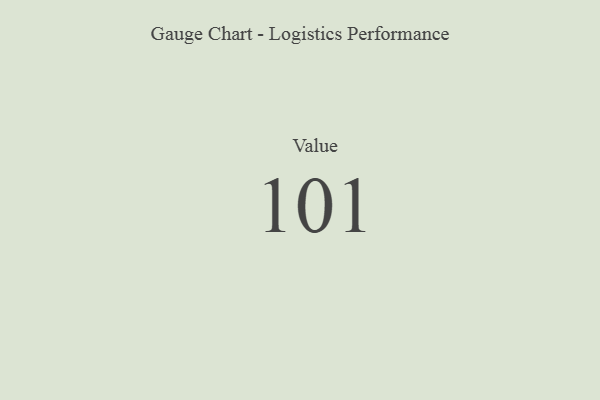
{"axis": {"x": "Metric", "y": "Value"}, "legend": [""], "data": [{"x": "Value", "y": 101, "type": ""}]}